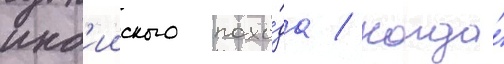
инд'ииского похо́да / когда́